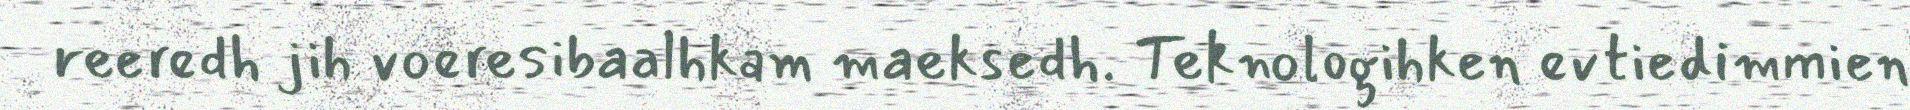
reeredh jih voeresibaalhkam maeksedh. Teknologihken evtiedimmien